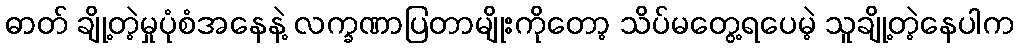
ဓာတ် ချို့တဲ့မှုပုံစံအနေနဲ့ လက္ခဏာပြတာမျိုးကိုတော့ သိပ်မတွေ့ရပေမဲ့ သူချို့တဲ့နေပါက